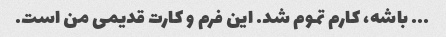
... باشه، کارم تموم شد. این فرم و کارت قدیمی من است.